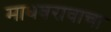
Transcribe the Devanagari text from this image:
माधवरावाचा